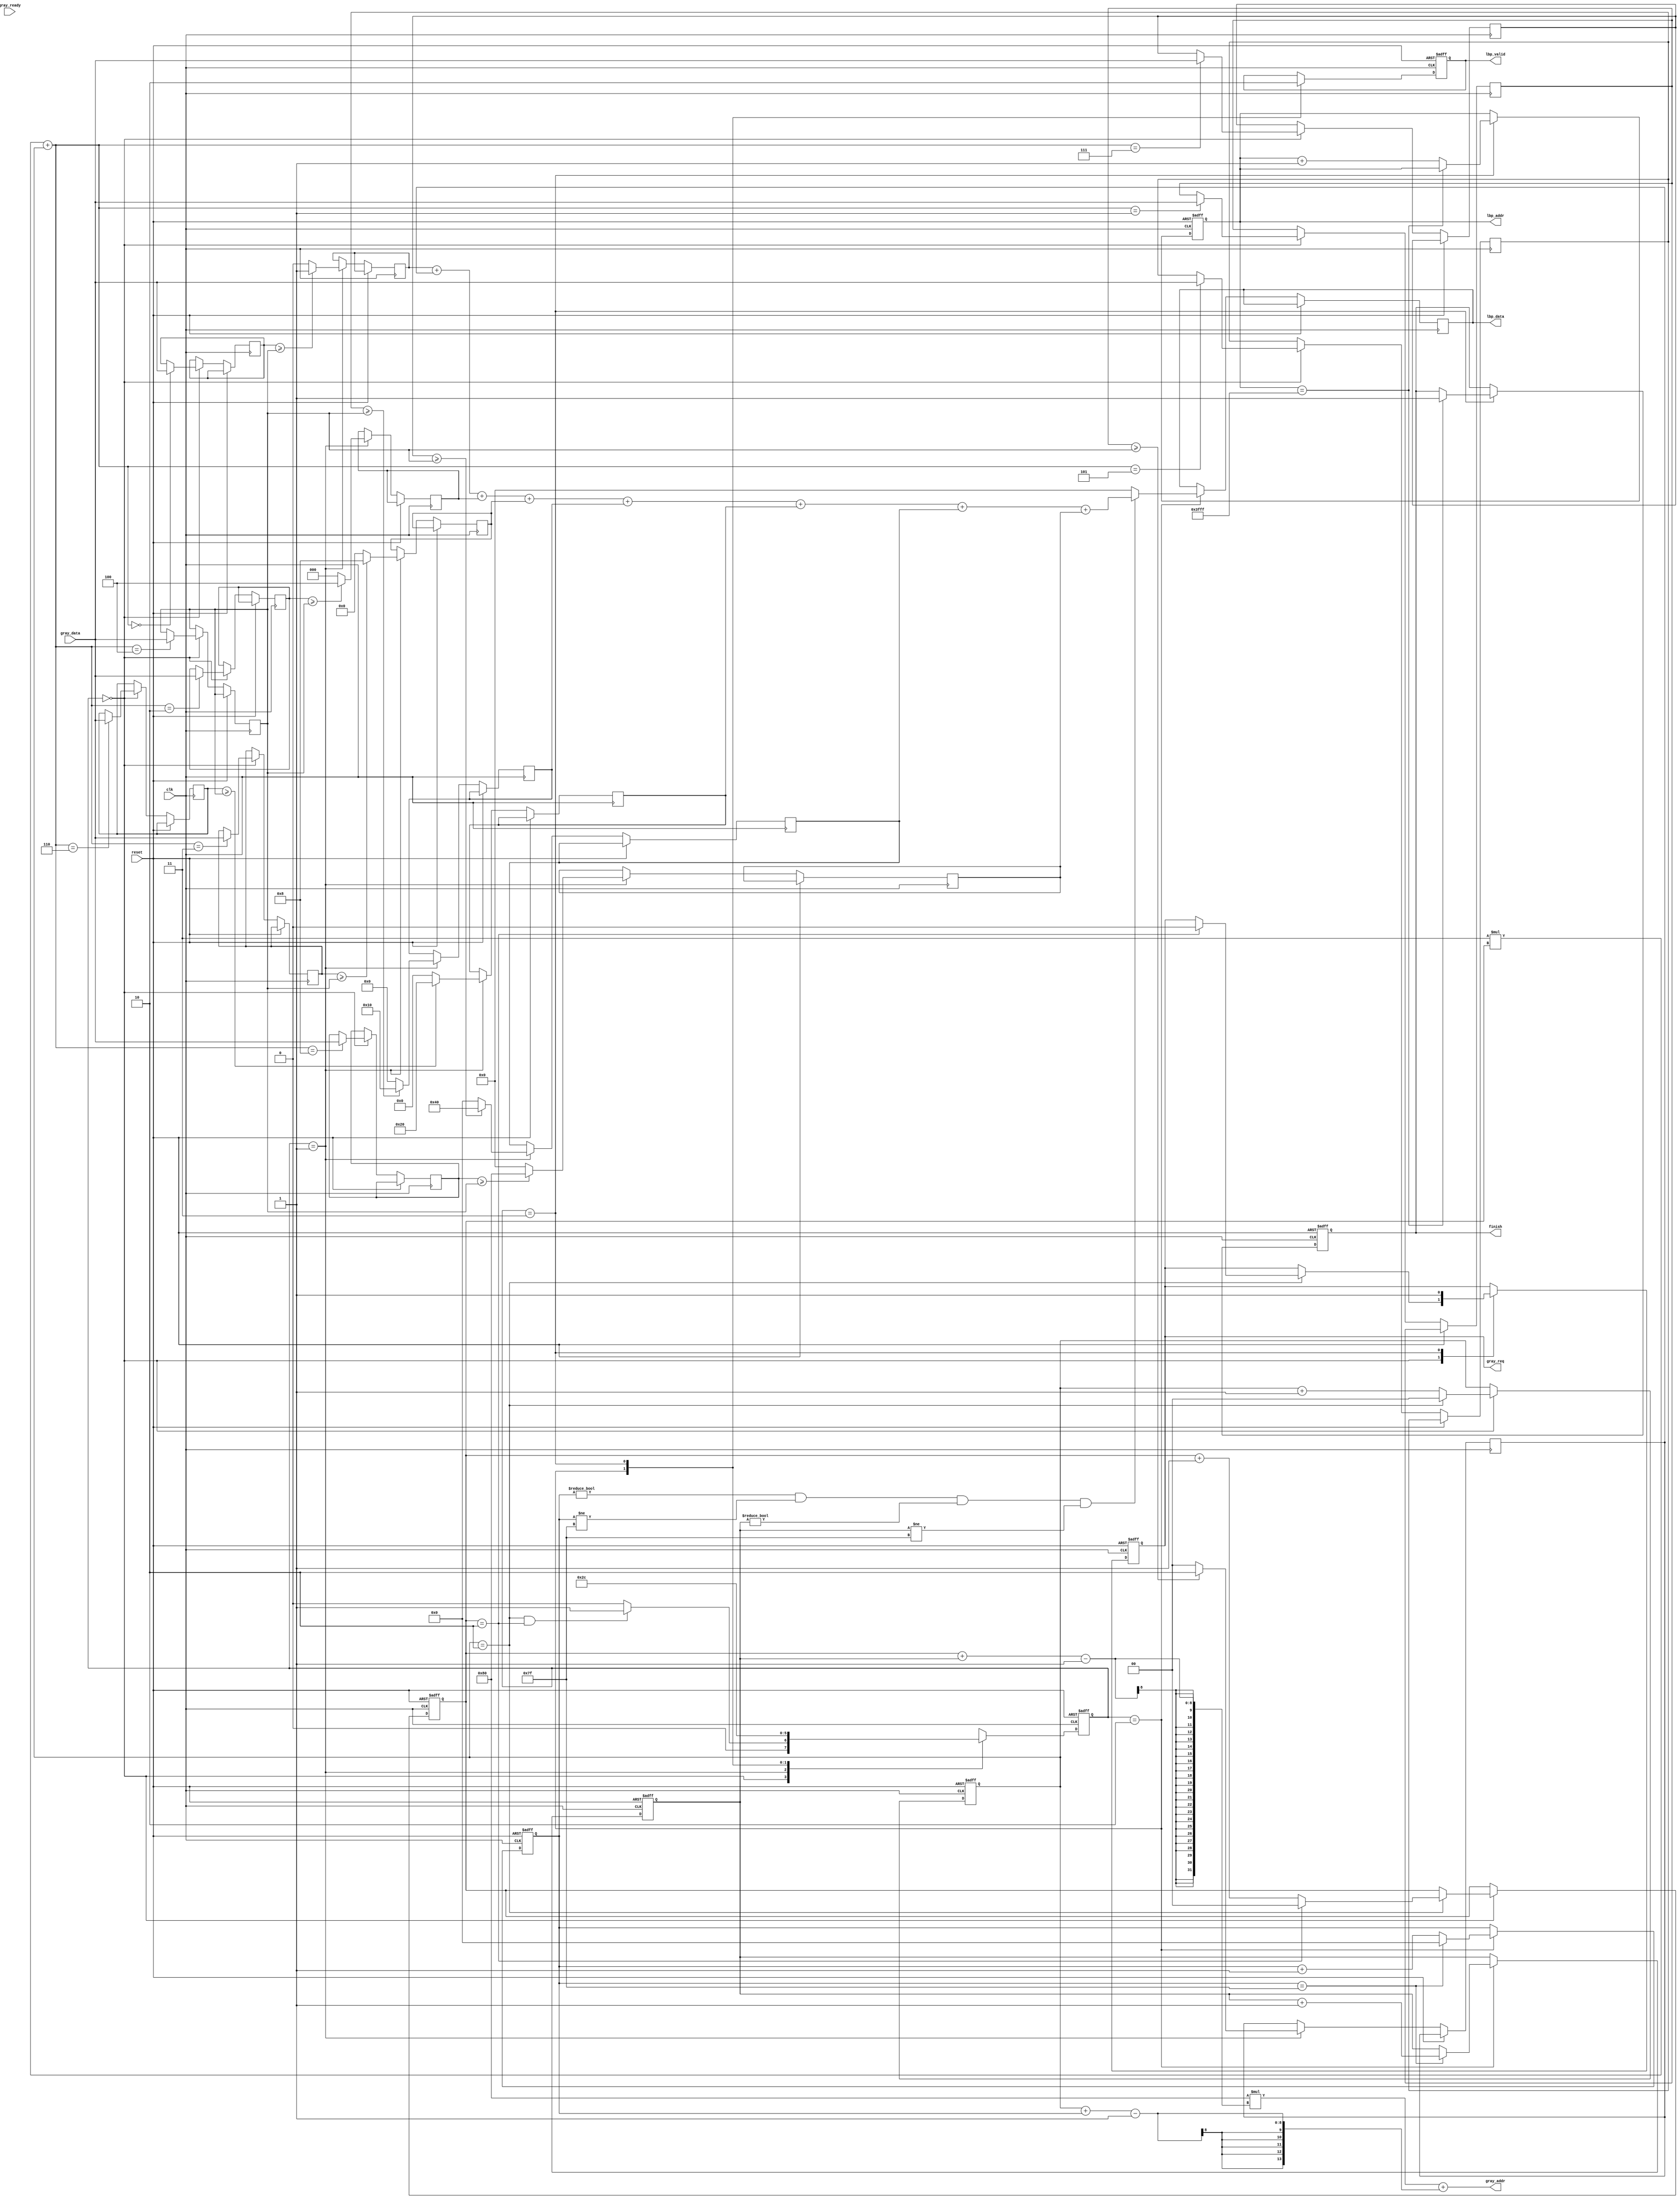

`timescale 1ns/10ps
module LBP ( clk, reset, gray_addr, gray_req, gray_ready, gray_data, lbp_addr, lbp_valid, lbp_data, finish);
input clk;
input reset;
output reg [13:0] gray_addr;
output reg gray_req;
input gray_ready;
input [7:0] gray_data;
output reg [13:0] lbp_addr;
output reg lbp_valid;
output reg [7:0] lbp_data;
output reg finish;


//====================================================================

reg [1:0] cstate;
reg [1:0] nstate;

reg [7:0] buffer [0:8];

reg [1:0] x;
reg [1:0] y;

reg [6:0] i2;
reg [6:0] j2;

reg [7:0] result; 

reg a;
reg [1:0] b;
reg [2:0] c;
reg [3:0] d;
reg [4:0] e;
reg [5:0] f;
reg [6:0] g;
reg [7:0] h;

parameter read = 0;
parameter calculate_1 = 1;
parameter calculate_2 = 2;
parameter write = 3;

always@(posedge clk or posedge reset)begin
    if(reset)
        cstate <= read;
    else 
        cstate <= nstate;
end

always@(posedge clk or posedge reset)begin
    if(reset)begin
        gray_req <= 1;
        lbp_addr <= 0;
        lbp_valid <= 0;
        x <= 0;
        y <= 0;
        i2 <= 0;
        j2 <= 0;
        finish <= 0;
    end
    else begin
        case(cstate)
            read:begin
                buffer[3*y + x] <= gray_data;
                if(x == 2)begin
                    x <= 0;
                    if(y == 2)begin
                        y <= 0;
                        gray_req <= 0;
                    end
                    else
                        y <= y + 1;
                end       
                else
                    x <= x + 1;                                             
            end   
            calculate_1:begin
                if(buffer[0] >= buffer[4]) 
                    a <= 1;
                else 
                    a <= 0;

                if(buffer[1] >= buffer[4]) 
                    b <= 2;
                else 
                    b <= 0; 

                if(buffer[2] >= buffer[4]) 
                    c <= 4;
                else 
                    c <= 0;

                if(buffer[3] >= buffer[4])
                    d <= 8;
                else 
                    d <= 0;

                if(buffer[5] >= buffer[4]) 
                    e <= 16;
                else 
                    e <= 0;

                if(buffer[6] >= buffer[4])
                    f <= 32;
                else 
                    f <= 0;

                if(buffer[7] >= buffer[4])  
                    g <= 64;
                else 
                    g <= 0;

                if(buffer[8] >= buffer[4])  
                    h <= 128;
                else 
                    h <= 0;
            end
            calculate_2:begin
                lbp_valid <= 1;
                if(i2 == 127)begin
                    i2 <= 0;
                    j2 <= j2 + 1;
                end
                else
                    i2 <= i2 + 1;                
                if((i2 != 0) && (i2 != 127) && (j2 != 0) && (j2 != 127))
                    lbp_data <= a + b + c + d + e + f + g + h;  
                else 
                    lbp_data <= 0;
            end  
            write:begin                                 
                lbp_valid <= 0;
                gray_req <= 1;
                if(lbp_addr == 16383)
                    finish <= 1;
                else
                    lbp_addr <= lbp_addr + 1;
            end
        endcase 
    end
end

always@(*)begin
    case(cstate)
        read:begin
            if(x == 2 && y == 2)
                nstate = calculate_1;
            else 
                nstate = read;
        end
        calculate_1:begin
            nstate = calculate_2;           
        end
        calculate_2:begin
            nstate = write;
        end           
        write:begin
            nstate = read;           
        end   
        default:begin
            nstate = read;
        end                     
    endcase 
end

always@(*)begin
    gray_addr = 128*(y+j2-1) + (x+i2-1);                         
end
//====================================================================
endmodule